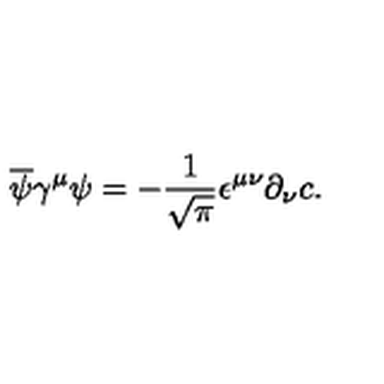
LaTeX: \overline { { \psi } } \gamma ^ { \mu } \psi = - \frac { 1 } { \sqrt { \pi } } \epsilon ^ { \mu \nu } \partial _ { \nu } c .